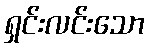
ရှင်းလင်းသော